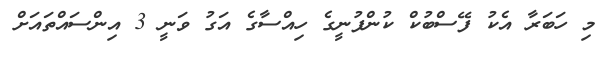
މި ހަބަރާ އެކު ފޭސްބުކް ކުންފުނީގެ ހިއްސާގެ އަގު ވަނީ 3 އިންސައްތައަށް